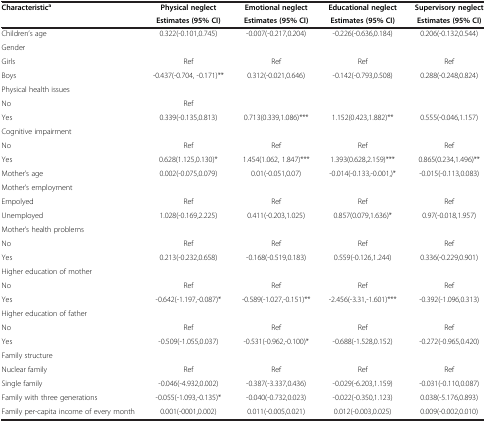
<table><thead><tr><td><b>Characteristic<sup>a</sup></b></td><td><b>Physical neglect</b></td><td><b>Emotional neglect</b></td><td><b>Educational neglect</b></td><td><b>Supervisory neglect</b></td></tr><tr><td><b> </b></td><td><b>Estimates (95% CI)</b></td><td><b>Estimates (95% CI)</b></td><td><b>Estimates (95% CI)</b></td><td><b>Estimates (95% CI)</b></td></tr></thead><tbody><tr><td>Children’s age</td><td>0.322(-0.101,0.745)</td><td>-0.007(-0.217,0.204)</td><td>-0.226(-0.636,0.184)</td><td>0.206(-0.132,0.544)</td></tr><tr><td>Gender</td><td> </td><td> </td><td> </td><td> </td></tr><tr><td>Girls</td><td>Ref</td><td>Ref</td><td>Ref</td><td>Ref</td></tr><tr><td>Boys</td><td>-0.437(-0.704, -0.171)**</td><td>0.312(-0.021,0.646)</td><td>-0.142(-0.793,0.508)</td><td>0.288(-0.248,0.824)</td></tr><tr><td>Physical health issues</td><td> </td><td> </td><td> </td><td> </td></tr><tr><td>No</td><td>Ref</td><td> </td><td> </td><td> </td></tr><tr><td>Yes</td><td>0.339(-0.135,0.813)</td><td>0.713(0.339,1.086)***</td><td>1.152(0.423,1.882)**</td><td>0.555(-0.046,1.157)</td></tr><tr><td>Cognitive impairment</td><td> </td><td> </td><td> </td><td> </td></tr><tr><td>No</td><td>Ref</td><td>Ref</td><td>Ref</td><td>Ref</td></tr><tr><td>Yes</td><td>0.628(1.125,0.130)*</td><td>1.454(1.062, 1.847)***</td><td>1.393(0.628,2.159)***</td><td>0.865(0.234,1.496)**</td></tr><tr><td>Mother’s age</td><td>0.002(-0.075,0.079)</td><td>0.01(-0.051,0.07)</td><td>-0.014(-0.133,-0.001,)*</td><td>-0.015(-0.113,0.083)</td></tr><tr><td>Mother’s employment</td><td> </td><td> </td><td> </td><td> </td></tr><tr><td>Empolyed</td><td>Ref</td><td>Ref</td><td>Ref</td><td>Ref</td></tr><tr><td>Unemployed</td><td>1.028(-0.169,2.225)</td><td>0.411(-0.203,1.025)</td><td>0.857(0.079,1.636)*</td><td>0.97(-0.018,1.957)</td></tr><tr><td>Mother’s health problems</td><td> </td><td> </td><td> </td><td> </td></tr><tr><td>No</td><td>Ref</td><td>Ref</td><td>Ref</td><td>Ref</td></tr><tr><td>Yes</td><td>0.213(-0.232,0.658)</td><td>-0.168(-0.519,0.183)</td><td>0.559(-0.126,1.244)</td><td>0.336(-0.229,0.901)</td></tr><tr><td>Higher education of mother</td><td> </td><td> </td><td> </td><td> </td></tr><tr><td>No</td><td>Ref</td><td>Ref</td><td>Ref</td><td>Ref</td></tr><tr><td>Yes</td><td>-0.642(-1.197,-0.087)*</td><td>-0.589(-1.027,-0.151)**</td><td>-2.456(-3.31,-1.601)***</td><td>-0.392(-1.096,0.313)</td></tr><tr><td>Higher education of father</td><td> </td><td> </td><td> </td><td> </td></tr><tr><td>No</td><td>Ref</td><td>Ref</td><td>Ref</td><td>Ref</td></tr><tr><td>Yes</td><td>-0.509(-1.055,0.037)</td><td>-0.531(-0.962,-0.100)*</td><td>-0.688(-1.528,0.152)</td><td>-0.272(-0.965,0.420)</td></tr><tr><td>Family structure</td><td> </td><td> </td><td> </td><td> </td></tr><tr><td>Nuclear family</td><td>Ref</td><td>Ref</td><td>Ref</td><td>Ref</td></tr><tr><td>Single family</td><td>-0.046(-4.932,0.002)</td><td>-0.387(-3.337,0.436)</td><td>-0.029(-6.203,1.159)</td><td>-0.031(-0.110,0.087)</td></tr><tr><td>Family with three generations</td><td>-0.055(-1.093,-0.135)*</td><td>-0.040(-0.732,0.023)</td><td>-0.022(-0.350,1.123)</td><td>0.038(-5.176,0.893)</td></tr><tr><td>Family per-capita income of every month</td><td>0.001(-0001,0.002)</td><td>0.011(-0.005,0.021)</td><td>0.012(-0.003,0.025)</td><td>0.009(-0.002,0.010)</td></tr></tbody></table>